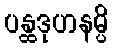
ပန္ထဒုဟနမ္ပိ